Vaccination in Bombay 1856-1862 - 1856-1862
Year: 1856
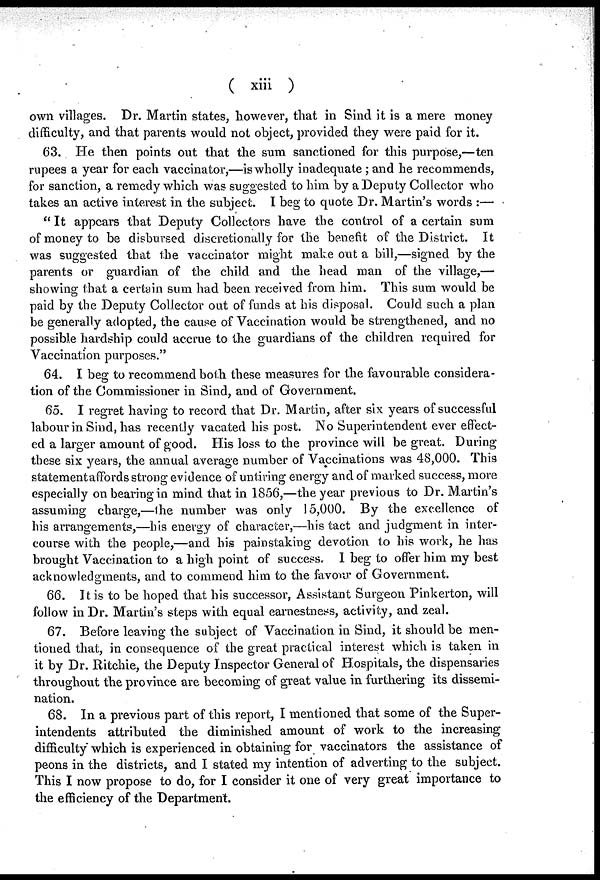
( xiii )
own villages. Dr. Martin states, however, that in Sind it is a mere money
difficulty, and that parents would not object, provided they were paid for it.
63. He then points out that the sum sanctioned for this purpose,—ten
rupees a year for each vaccinator,—is wholly inadequate ; and he recommends,
for sanction, a remedy which was suggested to him by a Deputy Collector who
takes an active interest in the subject. I beg to quote Dr. Martin's words :—
" It appears that Deputy Collectors have the control of a certain sum
of money to be disbursed discretionally for the benefit of the District. It
was suggested that the vaccinator might make out a bill,—signed by the
parents or guardian of the child and the head man of the village,—
showing that a certain sum had been received from him. This sum would be
paid by the Deputy Collector out of funds at his disposal. Could such a plan
be generally adopted, the cause of Vaccination would be strengthened, and no
possible hardship could accrue to the guardians of the children required for
Vaccination purposes."
64. I beg to recommend both these measures for the favourable considera-
tion of the Commissioner in Sind, and of Government.
65. I regret having to record that Dr. Martin, after six years of successful
labour in Sind, has recently vacated his post. No Superintendent ever effect-
ed a larger amount of good. His loss to the province will be great. During
these six years, the annual average number of Vaccinations was 48,000. This
statement affords strong evidence of untiring energy and of marked success, more
especially on bearing in mind that in 1856,—the year previous to Dr. Martin's
assuming charge,—the number was only 15,000. By the excellence of
his arrangements,—his energy of character,—his tact and judgment in inter-
course with the people,—and his painstaking devotion to his work, he has
brought Vaccination to a high point of success. I beg to offer him my best
acknowledgments, and to commend him to the favour of Government.
66. It is to be hoped that his successor, Assistant Surgeon Pinkerton, will
follow in Dr. Martin's steps with equal earnestness, activity, and zeal.
67. Before leaving the subject of Vaccination in Sind, it should be men-
tioned that, in consequence of the great practical interest which is taken in
it by Dr. Ritchie, the Deputy Inspector General of Hospitals, the dispensaries
throughout the province are becoming of great value in furthering its dissemi-
nation.
68. In a previous part of this report, I mentioned that some of the Super-
intendents attributed the diminished amount of work to the increasing
difficulty which is experienced in obtaining for vaccinators the assistance of
peons in the districts, and I stated my intention of adverting to the subject.
This I now propose to do, for I consider it one of very great importance to
the efficiency of the Department.